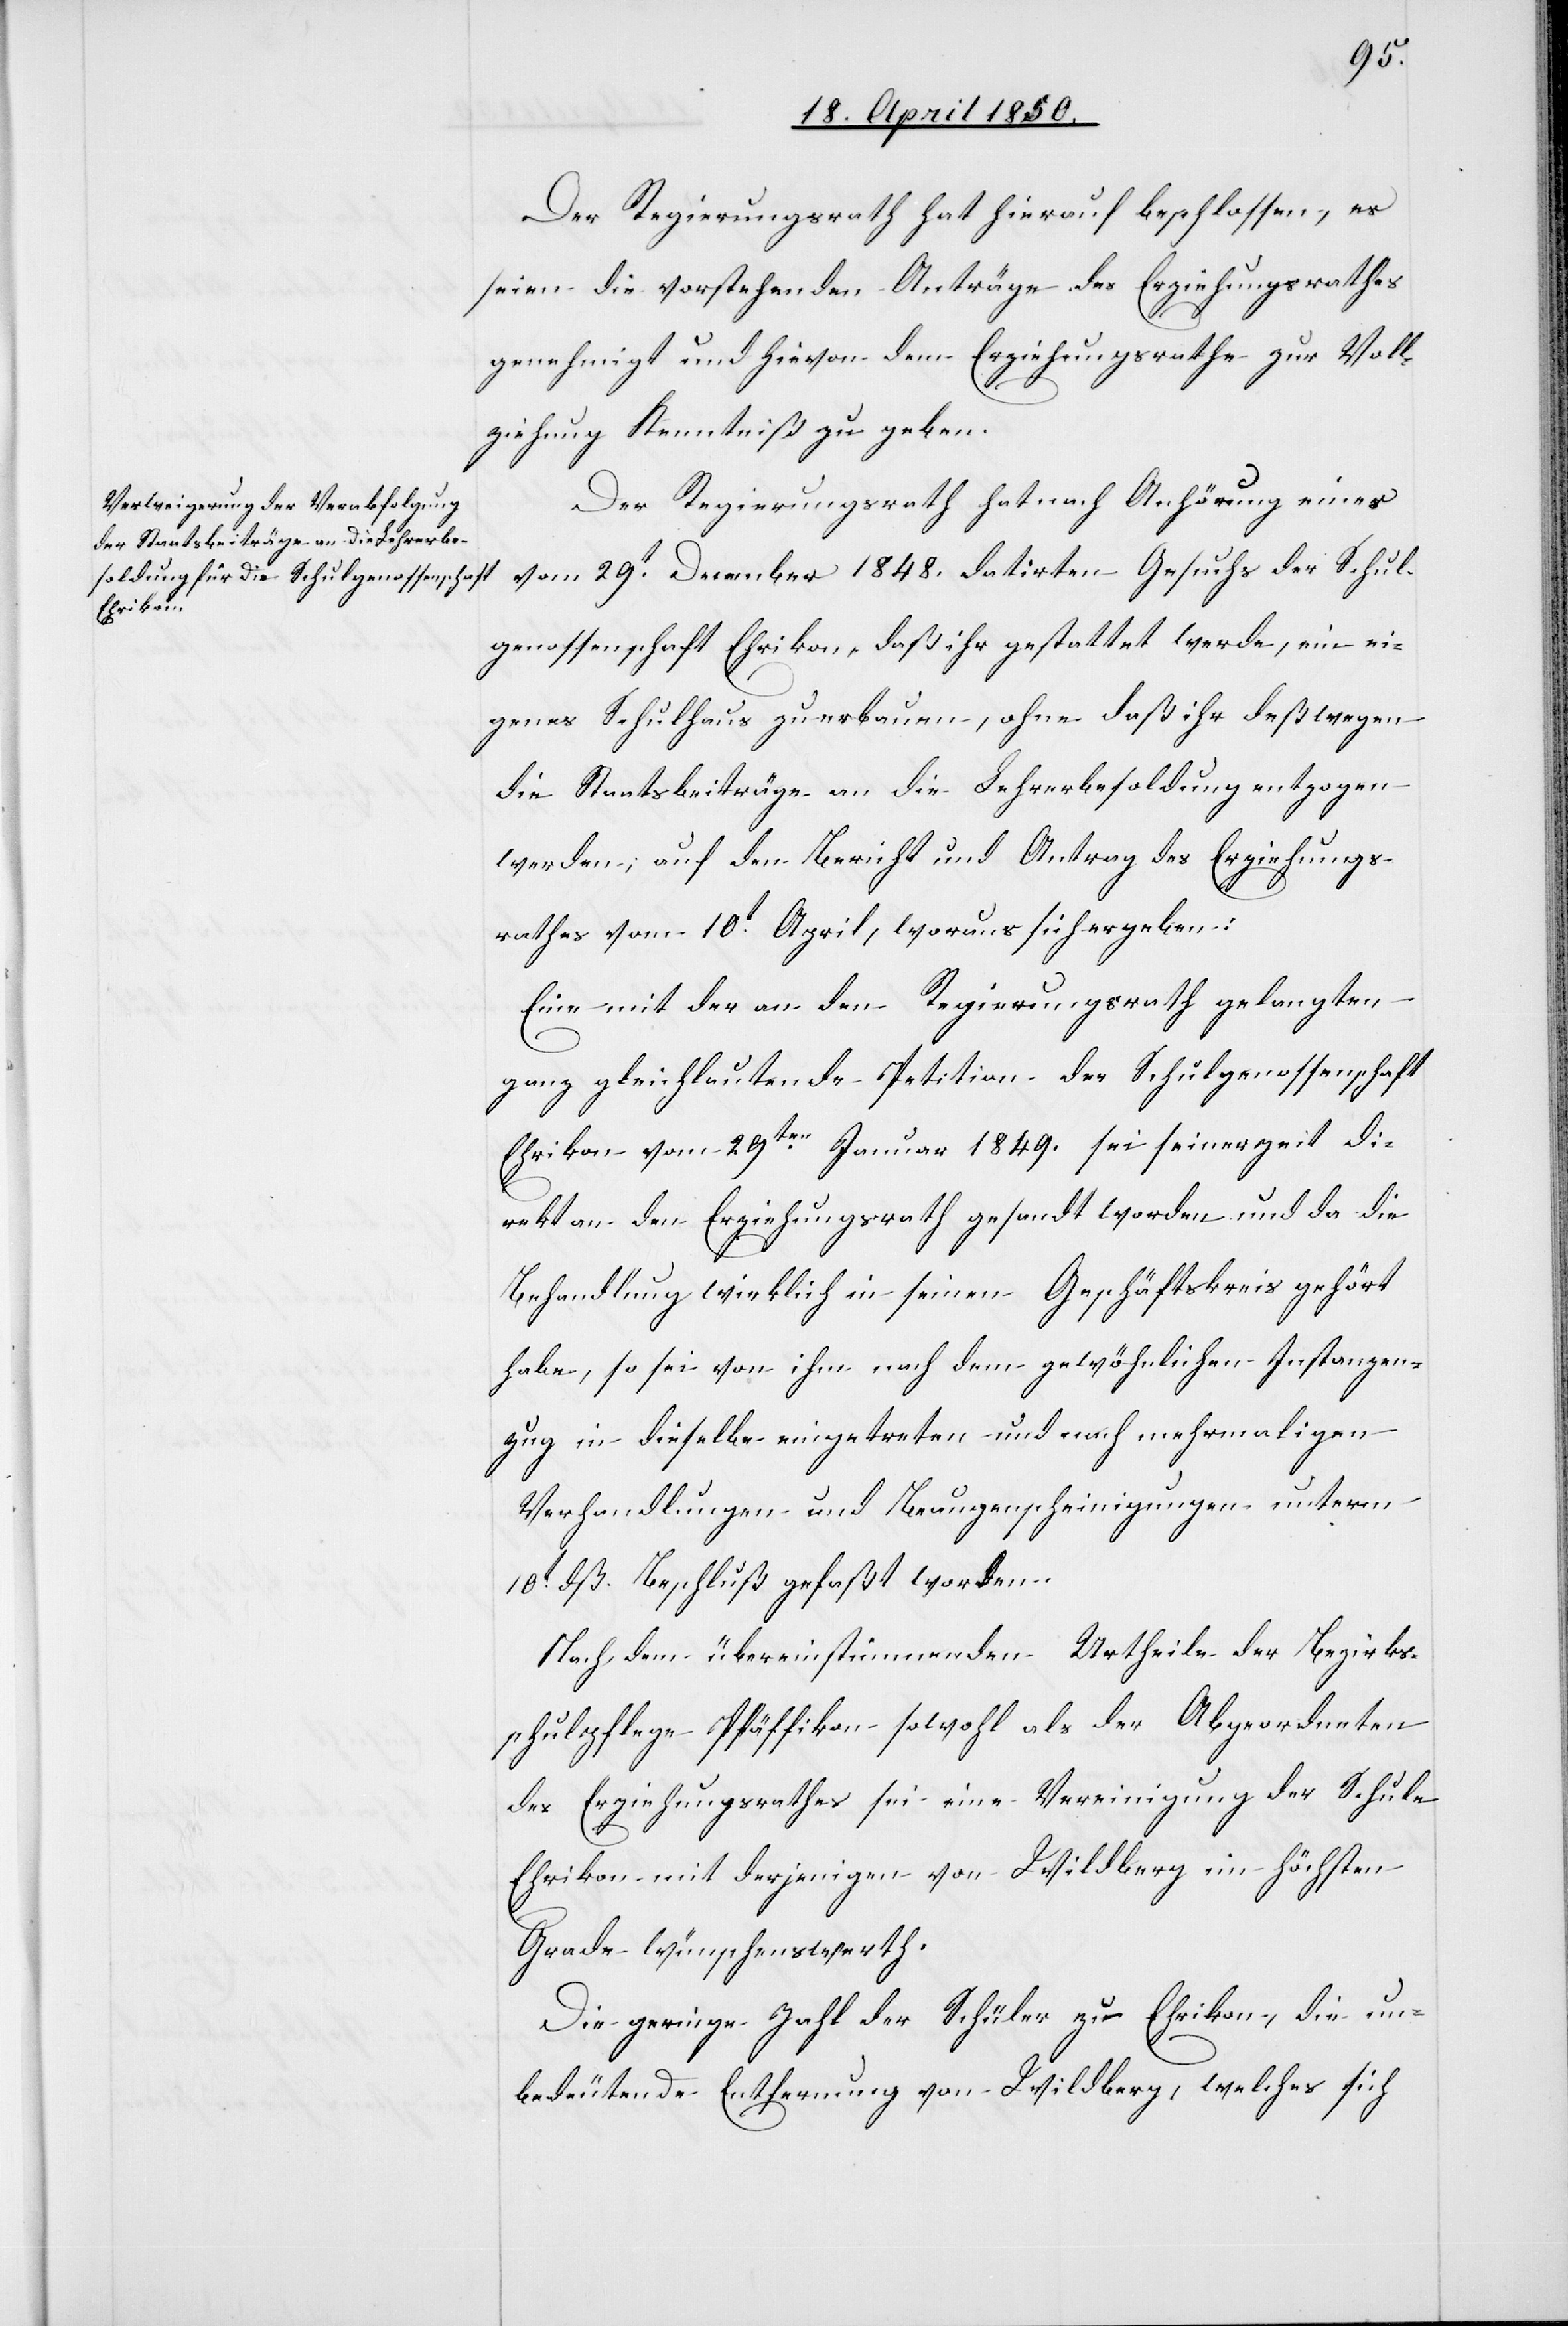
Der Regierungsrath hat hierauf beschlossen, es
seien die vorstehenden Anträge des Erziehungsrathes
genehmigt und hievon dem Erziehungsrathe zur Voll¬
ziehung Kenntniß zu geben.
Der Regierungsrath hat nach Anhörung eines
der Schul¬
genossenschaft Ehrikon, daß ihr gestattet werde, ein ei¬
genes Schulhaus zu erbauen, ohne daß ihr deßwegen
die Staatsbeiträge an die Lehrerbesoldung entzogen
werden; auf den Bericht und Antrag des Erziehungs¬
rathes vom 10t April, woraus sich ergeben:
Eine mit der an den Regierungsrath gelangten
ganz gleichlautende Petition der Schulgenossenschaft
Ehrikon vom 29ten Januar 1849. sei seinerzeit di¬
rekt an den Erziehungsrath gesandt worden und da die
Behandlung wirklich in seinen Geschäftskreis gehört
habe, so sei von ihm nach dem gewöhnlichen Instanzen¬
zug in dieselbe eingetreten und nach mehrmaligen
Verhandlungen und Beaugenscheinigungen unterm
10t dß. Beschluß gefaßt worden.
Nach dem übereinstimmenden Urtheile der Bezirks¬
schulpflege Pfäffikon sowohl als der Abgeordneten
des Erziehungsrathes sei eine Vereinigung der Schule
Ehrikon mit derjenigen von Wildberg im höchsten
Grade wünschenswerth.
Die geringe Zahl der Schüler zu Ehrikon, die un¬
bedeutende Entfernung von Wildberg, welches sich